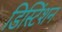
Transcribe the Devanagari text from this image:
डिस्टिंशन